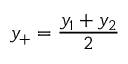
y _ { + } = \frac { y _ { 1 } + y _ { 2 } } { 2 }